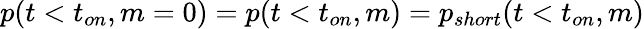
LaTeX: p(t<t_{on},m=0)=p(t<t_{on},m)=p_{short}(t<t_{on},m)